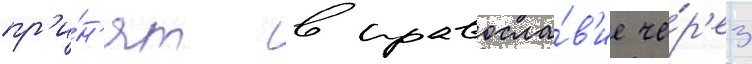
пр'и́н'ят в правосла́в'ие че́р'ез